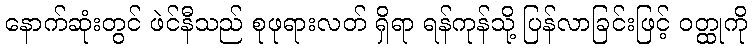
နောက်ဆုံးတွင် ဖဲင်နီသည် စုဖုရားလတ် ရှိရာ ရန်ကုန်သို့ ပြန်လာခြင်းဖြင့် ဝတ္ထုကို